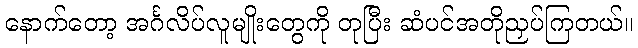
နောက်တော့ အင်္ဂလိပ်လူမျိုးတွေကို တုပြီး ဆံပင်အတိုညှပ်ကြတယ်။